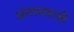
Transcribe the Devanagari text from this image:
अंतसस्रावी